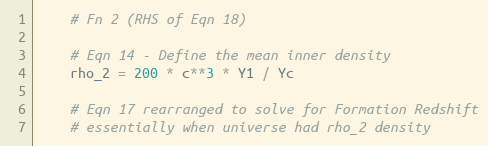
Language: Python
    # Fn 2 (RHS of Eqn 18)

    # Eqn 14 - Define the mean inner density
    rho_2 = 200 * c**3 * Y1 / Yc

    # Eqn 17 rearranged to solve for Formation Redshift
    # essentially when universe had rho_2 density